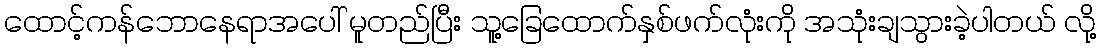
ထောင့်ကန်ဘောနေရာအပေါ် မူတည်ပြီး သူ့ခြေထောက်နှစ်ဖက်လုံးကို အသုံးချသွားခဲ့ပါတယ် လို့